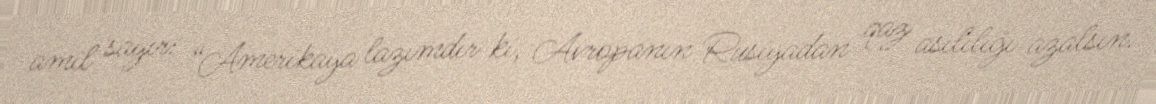
amil sayır: “Amerikaya lazımdır ki, Avropanın Rusiyadan qaz asılılığı azalsın.